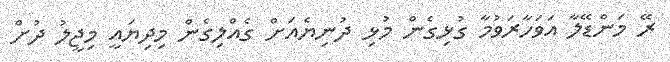
ރޭ މަންޑޭލާ އަވަހާރަވުމާ ގުޅިގެން މުޅި ދުނިޔެއަށް ގެއްލިގެން މިދިޔައީ މިޖީލު ދުށް